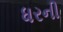
ધરની